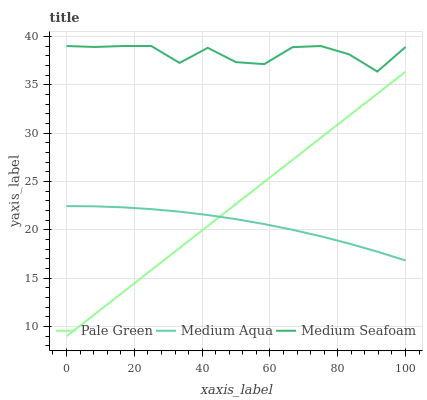
| xaxis_label | Pale Green | Medium Aqua | Medium Seafoam |
 | --- | --- | --- | --- |
 | 0 | 9 | 22.5 | 39 |
 | 8.33 | 11.3 | 22.4 | 38.9 |
 | 16.7 | 13.6 | 22.3 | 39 |
 | 25 | 15.8 | 22.1 | 39 |
 | 33.3 | 18.1 | 21.9 | 37.3 |
 | 41.7 | 20.4 | 21.5 | 38.8 |
 | 50 | 22.7 | 21.1 | 37.3 |
 | 58.3 | 25 | 20.6 | 37.1 |
 | 66.7 | 27.2 | 20 | 38.9 |
 | 75 | 29.5 | 19.3 | 39 |
 | 83.3 | 31.8 | 18.6 | 38.1 |
 | 91.7 | 34.1 | 17.7 | 36.4 |
 | 100 | 36.3 | 16.8 | 38.9 |